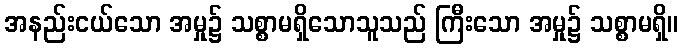
အနည်းငယ်သော အမှု၌ သစ္စာမရှိသောသူသည် ကြီးသော အမှု၌ သစ္စာမရှိ။